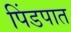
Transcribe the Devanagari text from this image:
पिंडपात